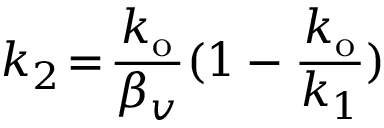
k _ { 2 } \! = \! \frac { k _ { \mathrm { o } } } { \beta _ { v } } ( 1 - \frac { k _ { \mathrm { o } } } { k _ { 1 } } )